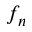
f _ { n }